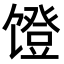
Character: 𬳒